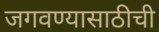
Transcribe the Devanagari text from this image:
जगवण्यासाठीची